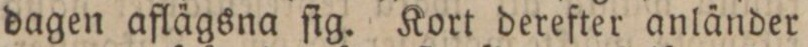
dagen aflägsna ſig. Kort derefter anländer